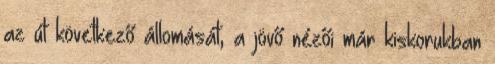
az út következő állomását, a jövő nézői már kiskorukban